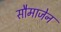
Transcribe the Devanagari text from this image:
सौमाजेन